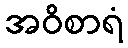
အဝိစာရံ